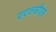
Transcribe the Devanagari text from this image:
एएलसीएस